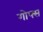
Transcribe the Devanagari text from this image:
गोफ्स